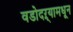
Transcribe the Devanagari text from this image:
वडोदऱ्यामधून